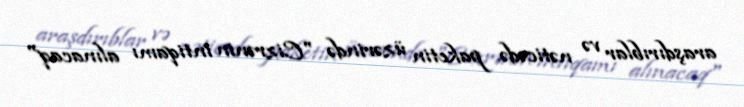
araşdırıblar və nəticədə paketin üzərində "Cizrənin intiqamı alınacaq"